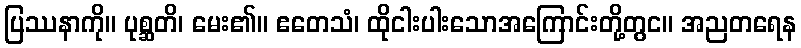
ပြဿနာကို။ ပုစ္ဆတိ၊ မေး၏။ ဧတေသံ၊ ထိုငါးပါးသောအကြောင်းတို့တွင။ အညတရေန